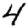
Digit: 4